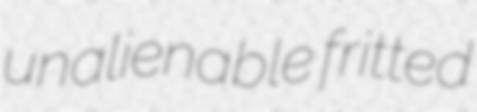
unalienable fritted